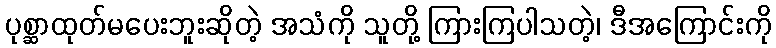
ပုစ္ဆာထုတ်မပေးဘူးဆိုတဲ့ အသံကို သူတို့ ကြားကြပါသတဲ့၊ ဒီအကြောင်းကို